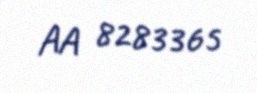
AA 8283365